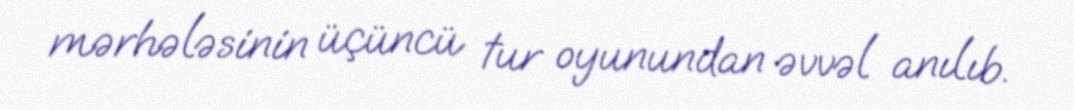
mərhələsinin üçüncü tur oyunundan əvvəl anılıb.